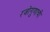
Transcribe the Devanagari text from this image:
रजोगुणाची